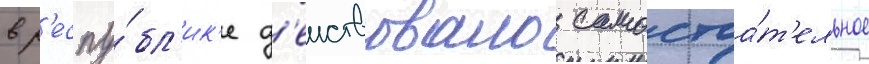
в р'еспу́бл'ик'е д'еиствовало самостоа́т'ельное